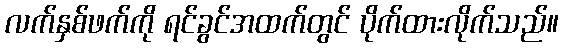
လက်နှစ်ဖက်ကို ရင်ခွင်အထက်တွင် ပိုက်ထားလိုက်သည်။